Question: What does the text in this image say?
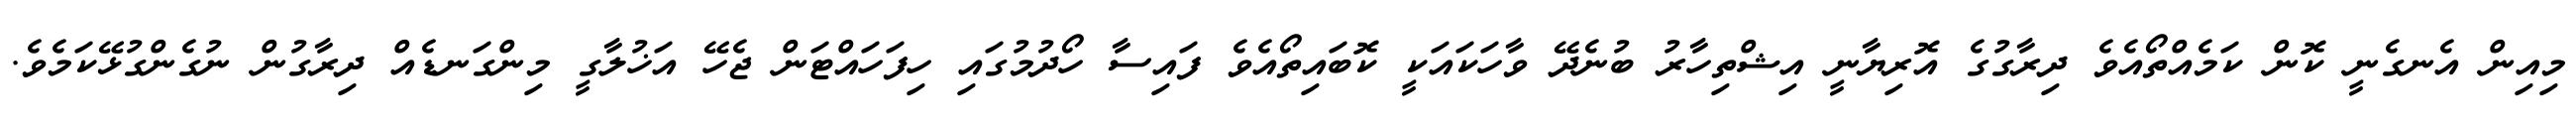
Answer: މިއިން އެނގެނީ ކޮން ކަމެއްތޯއެވެ ދިރާގުގެ އޮރިޔާނީ އިޝްތިހާރު ބުނެދޭ ވާހަކައަކީ ކޮބައިތޯއެވެ ފައިސާ ހޯދުމުގައި ހިފަހައްޓަން ޖެހޭ އަޚުލާގީ މިންގަނޑެއް ދިރާގުން ނުގެންގުޅޭކަމެވެ.